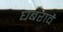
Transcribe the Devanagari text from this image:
घबरावै